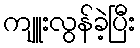
ကျူးလွန်ခဲ့ပြီး